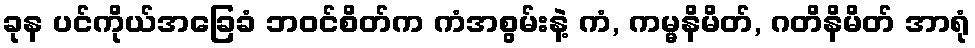
ခုန ပင်ကိုယ်အခြေခံ ဘဝင်စိတ်က ကံအစွမ်းနဲ့ ကံ, ကမ္မနိမိတ်, ဂတိနိမိတ် အာရုံ